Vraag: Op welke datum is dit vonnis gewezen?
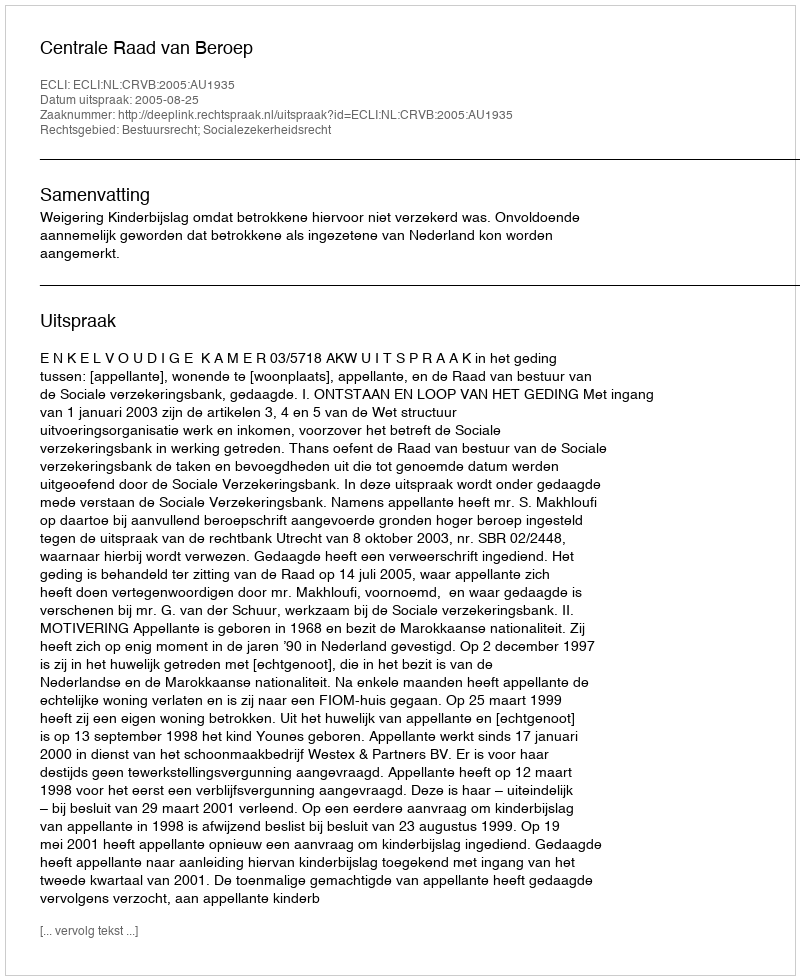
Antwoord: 2005-08-25